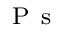
_ { \mathrm { ~ P ~ s ~ } }